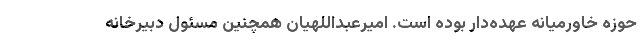
حوزه خاورمیانه عهده‌دار بوده است. امیرعبداللهیان همچنین مسئول دبیرخانه